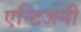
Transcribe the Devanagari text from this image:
एन्टिजनी